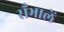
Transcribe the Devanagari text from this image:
सँभालें